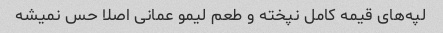
لپه‌های قیمه کامل نپخته و طعم لیمو عمانی اصلا حس نمیشه